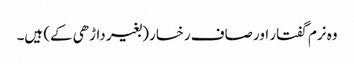
وہ نرم گفتار اور صاف رخسار (بغیر داڑھی کے) ہیں۔